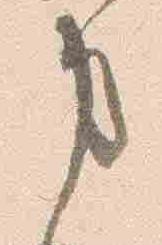
事